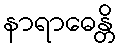
နာရာဓေန္တိ